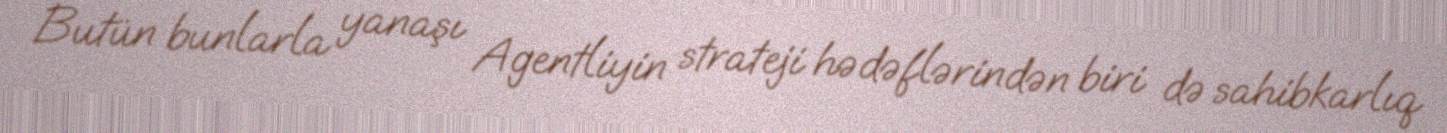
Butün bunlarla yanaşı Agentliyin strateji hədəflərindən biri də sahibkarlıq